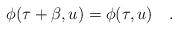
LaTeX: \begin{align*}\phi(\tau+\beta,u)=\phi(\tau,u)~~~.\end{align*}